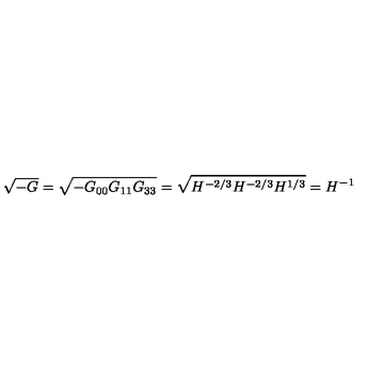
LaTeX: \sqrt { - G } = \sqrt { - G _ { 0 0 } G _ { 1 1 } G _ { 3 3 } } = \sqrt { H ^ { - 2 / 3 } H ^ { - 2 / 3 } H ^ { 1 / 3 } } = H ^ { - 1 }